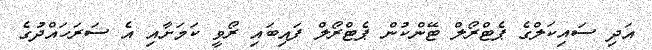
އަދި ސައިކަލްގެ ޕެޓްރޯލް ޓޭންކުން ޕެޓްރޯލް ފައިބައި ރޯވީ ކަމަށާއި އެ ސަރަހައްދުގެ